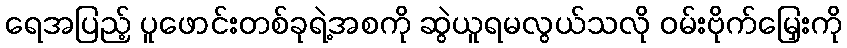
ရေအပြည့် ပူဖောင်းတစ်ခုရဲ့အစကို ဆွဲယူရမလွယ်သလို ဝမ်းဗိုက်မြှေးကို